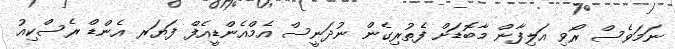
ނަމަވެސް ރޯވި އަލިފާން މާބޮޑަށް ފެތުރިގެން ނުދަނީސް އެމްއެންޑީއެފް ފަޔަރ އެންޑް ރެސްކިއު